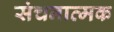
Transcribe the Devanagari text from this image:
संचनात्‍मक